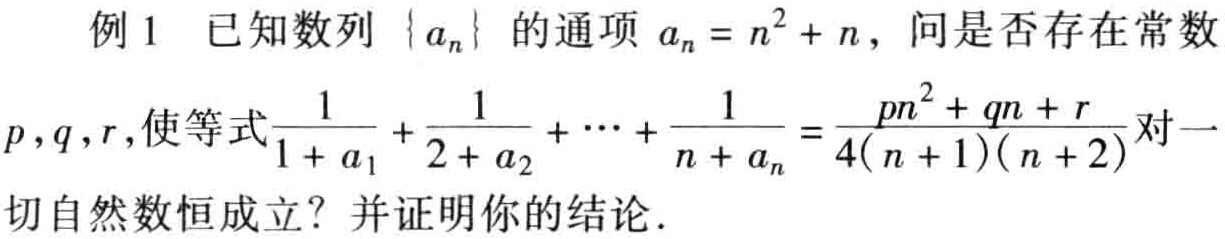
例1 已知数列\(\{ a_{n}\}\)的通项\(a_{n}=n^{2}+n\)，问是否存在常数\(p,q,r\)，使等式\(\frac{1}{1 + a_{1}}+\frac{1}{2 + a_{2}}+\cdots+\frac{1}{n + a_{n}}=\frac{pn^{2}+qn + r}{4(n + 1)(n + 2)}\)对一切自然数恒成立？并证明你的结论.